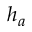
h _ { a }